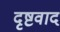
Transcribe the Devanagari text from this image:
दृष्टवाद